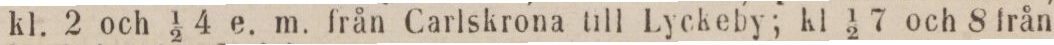
kl. 2 och 1/2 4 e. m. från Carlskrona till Lyckeby; kl 1/2 7 och 8 från